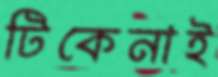
টিকেনাই